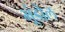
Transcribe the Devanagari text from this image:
भूंडोल